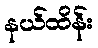
နယ်ထိန်း